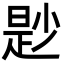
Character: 尟